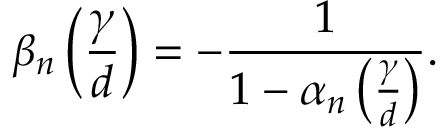
\beta _ { n } \left( \frac { \gamma } { d } \right) = - \frac { 1 } { 1 - \alpha _ { n } \left( \frac { \gamma } { d } \right) } .